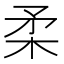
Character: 柔